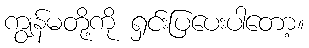
ကျွန်မတို့ကို ရှင်းပြပေးပါတော့။